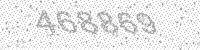
Solution: 468869